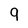
Character: 9